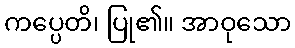
ကပ္ပေတိ၊ ပြု၏။ အာဝုသော